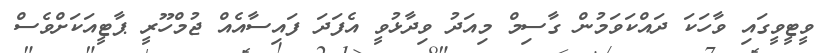
ވީޓީވީގައި ވާހަކަ ދައްކަވަމުން ގާސިމް މިއަދު ވިދާޅުވީ އެފަދަ ފައިސާއެއް ޖުމްހޫރީ ޕާޓީއަކަށްވެސް